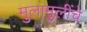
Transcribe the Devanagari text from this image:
मुलामुलींचे